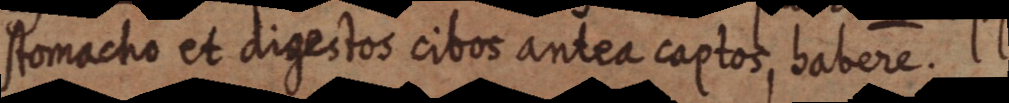
stomacho et digestos cibos antea captos, habere.